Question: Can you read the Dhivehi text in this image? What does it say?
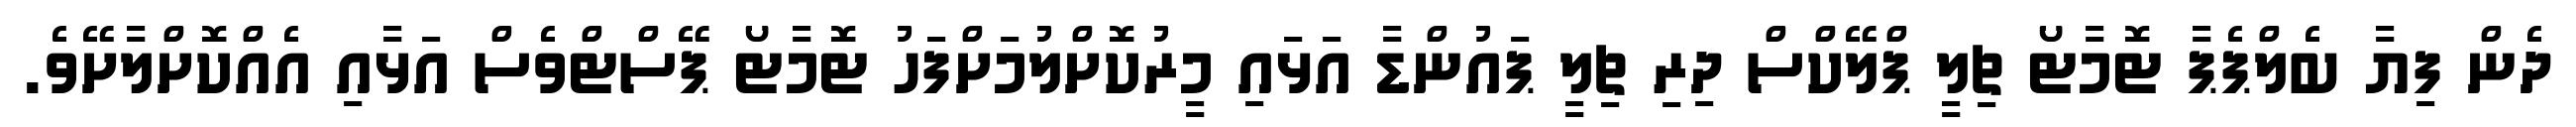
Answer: ދެން ފިޔާ ބެލްޕެޕާ ޓޮމާޓޯ ޗިލީ ޕްލޭކްސް ދިރި ޗިލީ ޕައުންޑާ އަޅައި މީރުކޮށްލުމަށްފަހު ޓޮމާޓޯ ޕޭސްޓްވެސް އަޅާއި އެއްކޮށްލާށޭވެ.